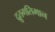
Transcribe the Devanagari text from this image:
द्रुतगतिमान